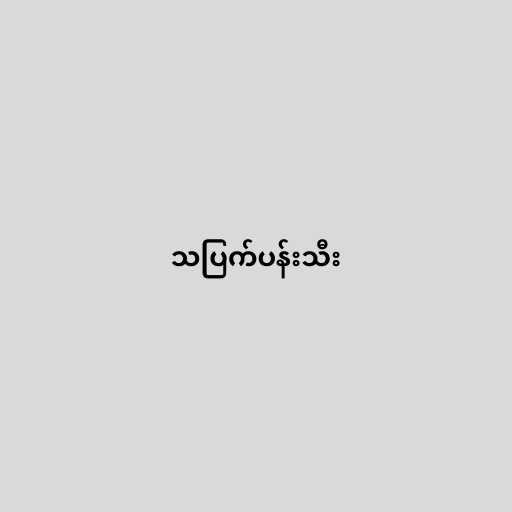
သပြက်ပန်းသီး